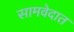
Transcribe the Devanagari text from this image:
सामवेदात